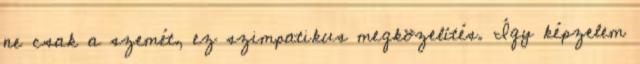
ne csak a szemét, ez szimpatikus megközelítés. Így képzelem